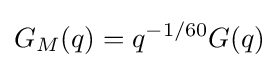
G_{M}(q)=q^{-1/60}G(q)